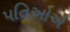
પતિઓએ